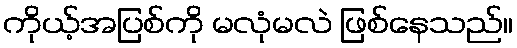
ကိုယ့်အပြစ်ကို မလုံမလဲ ဖြစ်နေသည်။